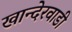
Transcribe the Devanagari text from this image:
खान्देरवाडी